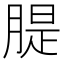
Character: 䐎